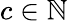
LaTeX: c\in\mathbb{N}